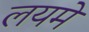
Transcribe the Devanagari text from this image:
लयमे